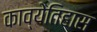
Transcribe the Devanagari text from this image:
काव्येतिहास